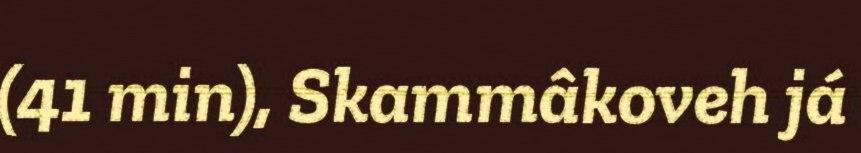
(41 min), Skammâkoveh já